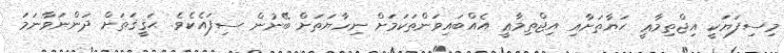
މިސިފަޔަކީ އިޖްތިމާޢީ ޙަޔާތަށާއި އިޖްތިމާޢީ އެއްބައިވަންތަކަމަށް ނިހާޔަތަށް ބޭނުން ސިފައެކެވެ. ޙަޤީޤަތަށް ދަންނަވާނަމަ